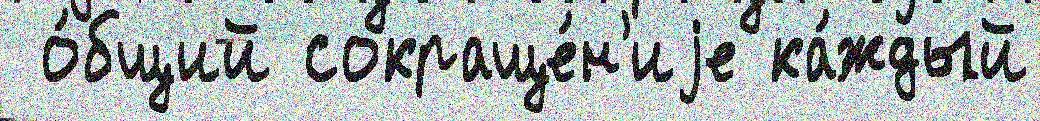
 о́бщий сокраще́н'иjе ка́ждый